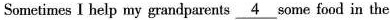
Sometimes I help my grandparents \underline{4} some food in the